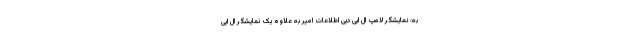
به: نمایشگر لامپ ال ایی دیی اطلاعات امپر به علاوه یک نمایشگر ال ایی